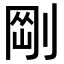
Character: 𠝴